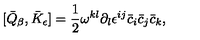
[ \bar { Q } _ { \beta } , \bar { K } _ { \epsilon } ] = \frac { 1 } { 2 } \omega ^ { k l } \partial _ { l } \epsilon ^ { i j } \bar { c } _ { i } \bar { c } _ { j } \bar { c } _ { k } ,